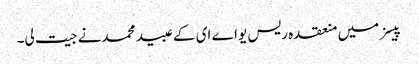
پیسز میں منعقدہ ریس یواے ای کے عبید محمدنے جیت لی۔